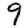
Digit: 9